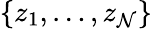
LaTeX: \{ z_{1},\dots,z_{\mathcal{N}}\}